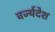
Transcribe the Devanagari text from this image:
वर्ज्यदेश